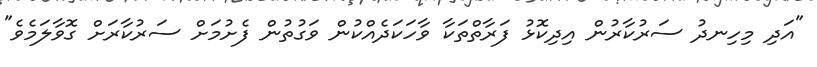
"އަދި މިހިނދު ސަރުކާރުން އިދިކޮޅު ފަރާތްތަކާ ވާހަކަދެއްކުން ވަގުތުން ފެށުމަށް ސަރުކާރަށް ގޮވާލަމެވެ"